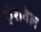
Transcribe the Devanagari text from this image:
ऐशवेल